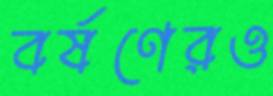
বর্ষণেরও